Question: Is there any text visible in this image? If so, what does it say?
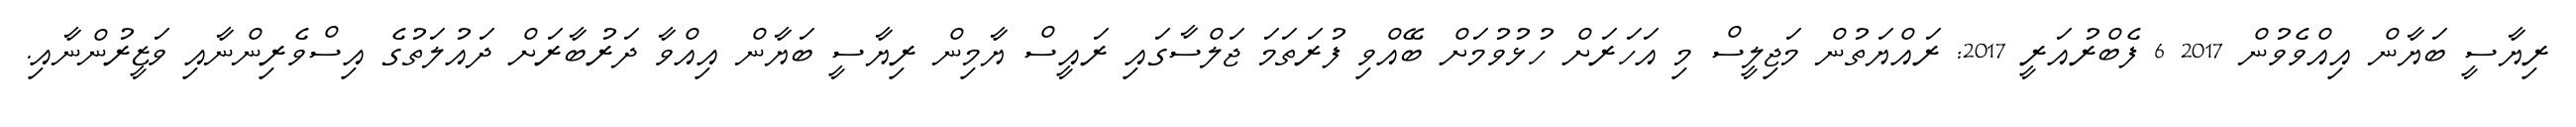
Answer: ރިޔާސީ ބަޔާން އިއްވެވުން 2017 6 ފެބްރުއަރީ 2017: ރައްޔަތުން މަޖިލީސް މި އަހަރަށް ހުޅުވުމަށް ބޭއްވި ފުރަތަމަ ޖަލްސާގައި ރައީސް ޔާމިން ރިޔާސީ ބަޔާން އިއްވާ ދަރުބާރަށް ދައުލަތުގެ އިސްވެރިންނާއި ވަޒީރުންނާއި.